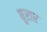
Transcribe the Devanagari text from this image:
घुरार